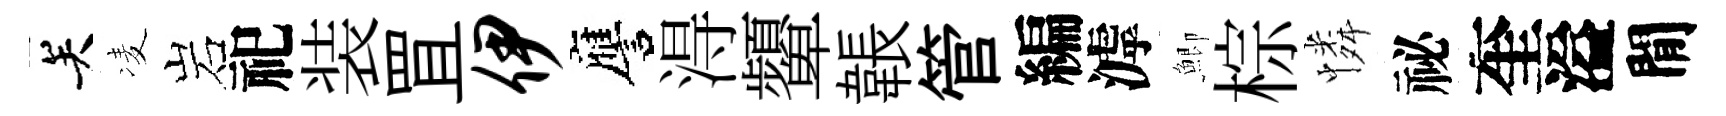
关凌岩祀装罝伊譍淂顰韔管編滹鯽棕憐祕奎溢閒